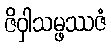
ဇိဝှါသမ္ဖဿဇံ